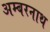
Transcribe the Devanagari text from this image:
अम्‍बरनाथ